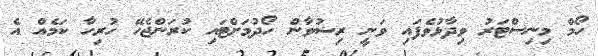
ހޯމް މިނިސްޓަރު ވިދާޅުވެފައި ވަނީ ރިޟުވާން ހޯދުމަށްޓައި ކުރަންޖެހޭ ހުރިހާ ކަމެއް އެ